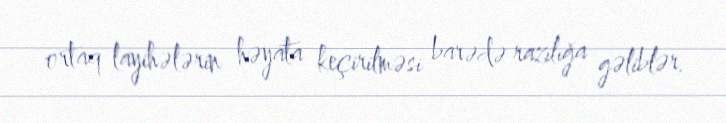
ortaq layihələrin həyata keçirilməsi barədə razılığa gəliblər.